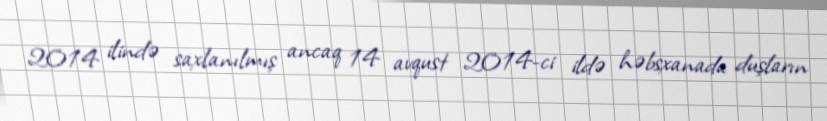
2014 ilində saxlanılmış ancaq 14 avqust 2014-ci ildə həbsxanada duşların